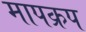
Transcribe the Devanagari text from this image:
मापक्रप